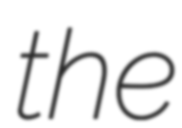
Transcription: the